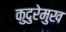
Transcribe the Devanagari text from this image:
कुदुरेमुख